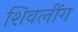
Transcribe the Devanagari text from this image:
शिवलींग